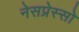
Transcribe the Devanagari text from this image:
नेसप्रेस्सो